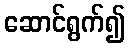
ဆောင်ရွက်၍